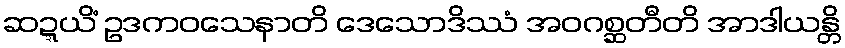
ဆဍ္ဍယိံ ဥဒကဝသေနာတိ ဒေသောဒိဿံ အဝဂစ္ဆတီတိ အာဒါယန္တိ